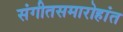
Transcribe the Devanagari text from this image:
संगीतसमारोहांत